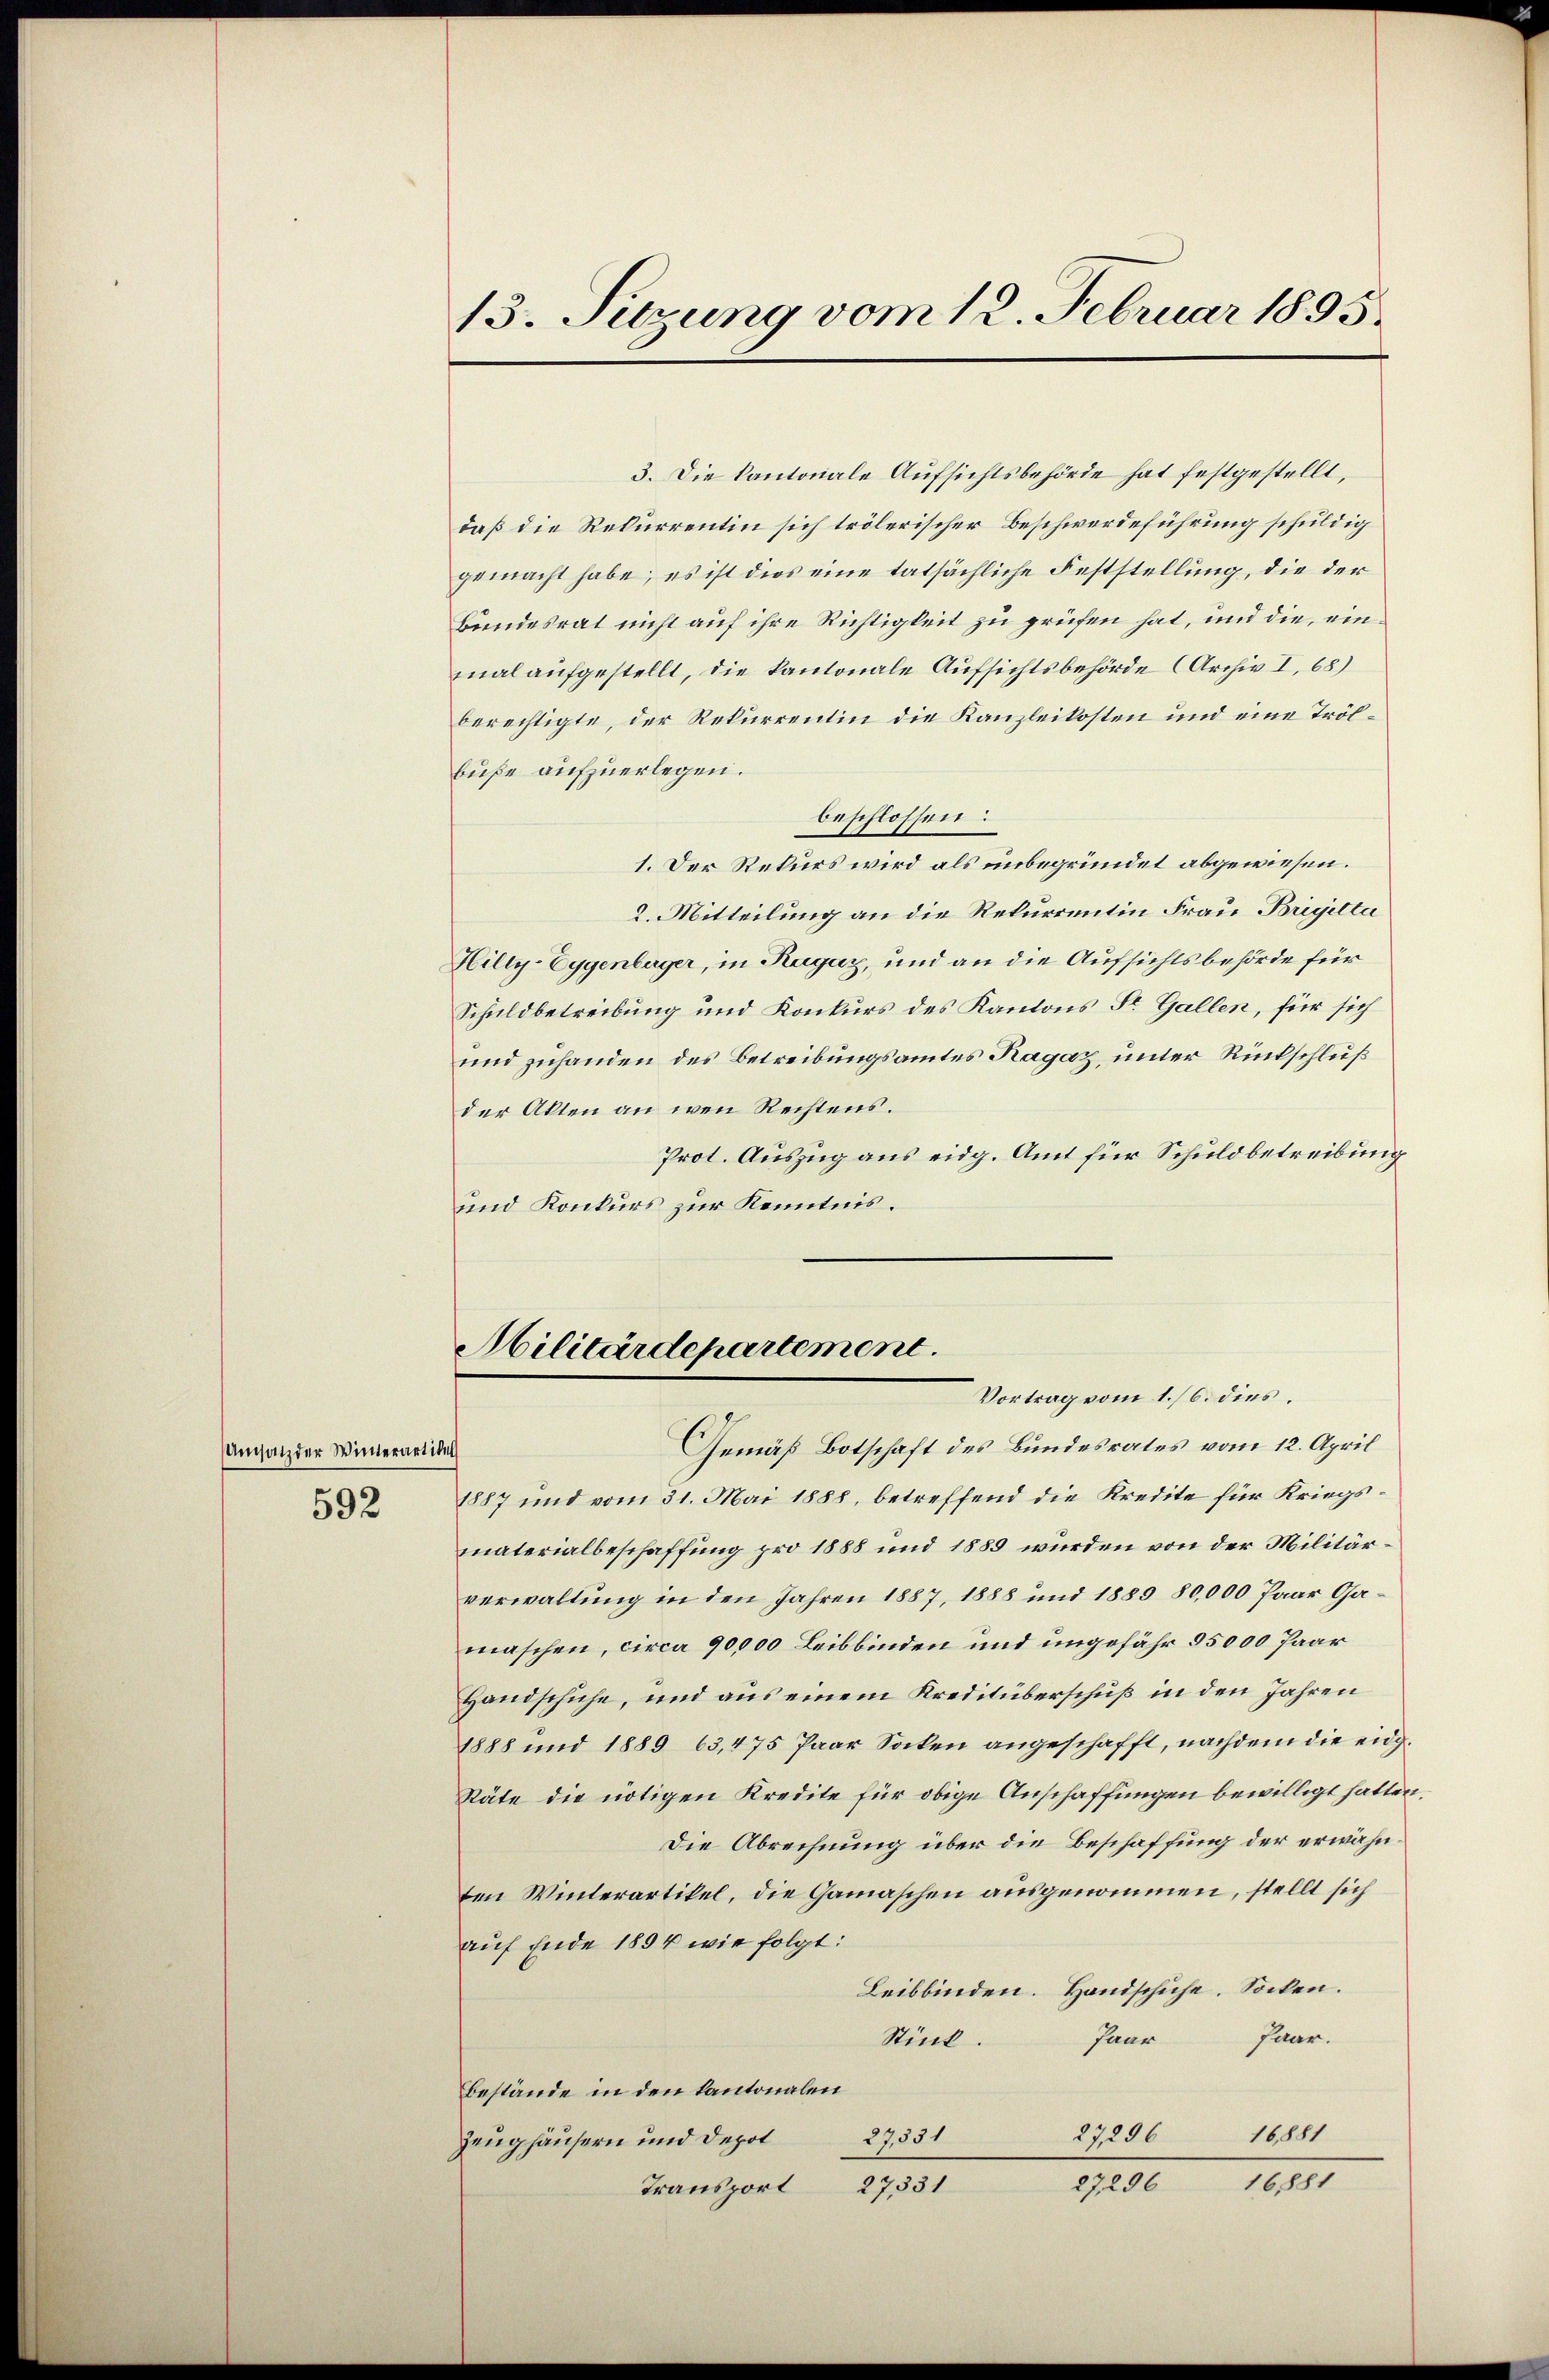
Umsatz der Winterartikel
592

13. Setzung vom 12. Februar 1895.

3. Die kantonale Aufsichtsbehörde hat festgestellt,
daß die Rekurrentin sich trölerischer Beschwerdeführung schuldig
gemacht habe; es ist dies eine tatsächliche Feststellung, die der
Bundesrat nicht auf ihre Richtigkeit zu prüfen hat, und die, ein
mal aufgestellt, die kantonale Aufsichtsbehörde (Archiv I, 68)
berechtigte, der Rekurrentin die Kanzleikosten und eine Trölbuße aufzuerlegen.
beschlossen:
1. Der Rekurs wird als unbegründet abgewiesen.
2. Mitteilung an die Rekurrentin Frau Brigilta
Hilty-Eggenburger, in Ragaz, und an die Aufsichtsbehörde für
Schuldbetreibung und Konkurs des Kantons Sr. Gallen, für sich
und zuhanden des Betreibungsamtes Ragaz, unter Rückschluß
der Akten an wen Rechtens.
Prot. Auszug aus eidg. Amt für Schuldbetreibung
und Konkurs zur Kenntnis.

Gemäß Botschaft des Bundesrates vom 12. April
1887 und vom 31. Mai 1888, betreffend die Kredite für Kriegsmaterialbeschaffung pro 1888 und 1889 wurden von der Militärverwaltung in den Jahren 1887, 1888 und 1883 80,000 Paar Gamaschen, circa 90,000 Leibbinden und ungefähr 35000 Paar
Handschuhe, und aus einem Kreditüberschuß in den Jahren
1888 und 1889 63,475 Paar Sacken angeschafft, nachdem die eidg¬
Räte die nötigen Kredite für obige Anschaffungen bewilligt hatten,
Die Abrechnung über die Beschaffung der erwähnten Winterartikel, die Gamaschen ausgenommen, stellt sich
auf Ende 1894 wie folgt:
Leibbinden. Handschuhe. Socken.
Paar.
Paar
Stück.
Bestände in den Kantonalen
16,881
27236
37551
Zeughäusern und Depot
16881
27296
27,31
Transport

Militärdepartement
Vortrag vom 1./6. dies